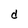
Character: d